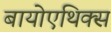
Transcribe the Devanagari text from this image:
बायोएथिक्स